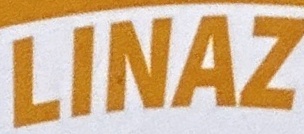
LINAZ